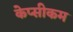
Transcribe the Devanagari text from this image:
केप्सीकम